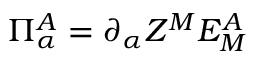
\Pi _ { \alpha } ^ { A } = \partial _ { \alpha } Z ^ { M } E _ { M } ^ { A }